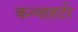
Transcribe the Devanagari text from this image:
कन्व्हहर्टर